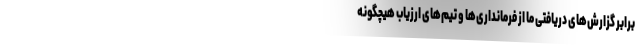
برابر گزارش‌های دریافتی ما از فرمانداری‌ها و تیم‌های ارزیاب هیچگونه